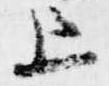
上